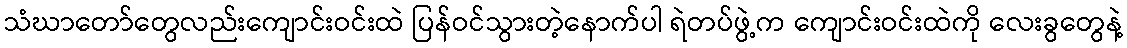
သံဃာတော်တွေလည်းကျောင်းဝင်းထဲ ပြန်ဝင်သွားတဲ့နောက်ပါ ရဲတပ်ဖွဲ့က ကျောင်းဝင်းထဲကို လေးခွတွေနဲ့